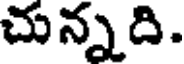
చున్నది.